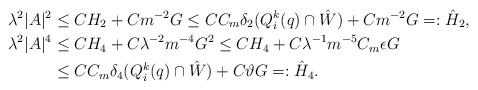
\begin{align*}\lambda^2 |A|^2 &\le CH_2 + Cm^{-2}G \le CC_m\delta_2(Q^k_i(q)\cap \hat{W}) + Cm^{-2}G =: \hat{H}_2, \\\lambda^2 |A|^4 &\le CH_4 + C\lambda^{-2} m^{-4}G^2 \le CH_4 +C\lambda^{-1} m^{-5}C_m \epsilon G \\& \le C C_m\delta_4(Q^k_i(q)\cap \hat{W}) +C\vartheta G =: \hat{H}_4.\end{align*}